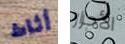
أثاث الأحرار